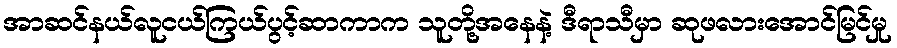
အာဆင်နယ်လူငယ်ကြယ်ပွင့်ဆာကာက သူတို့အနေနဲ့ ဒီရာသီမှာ ဆုဖလားအောင်မြင်မှု